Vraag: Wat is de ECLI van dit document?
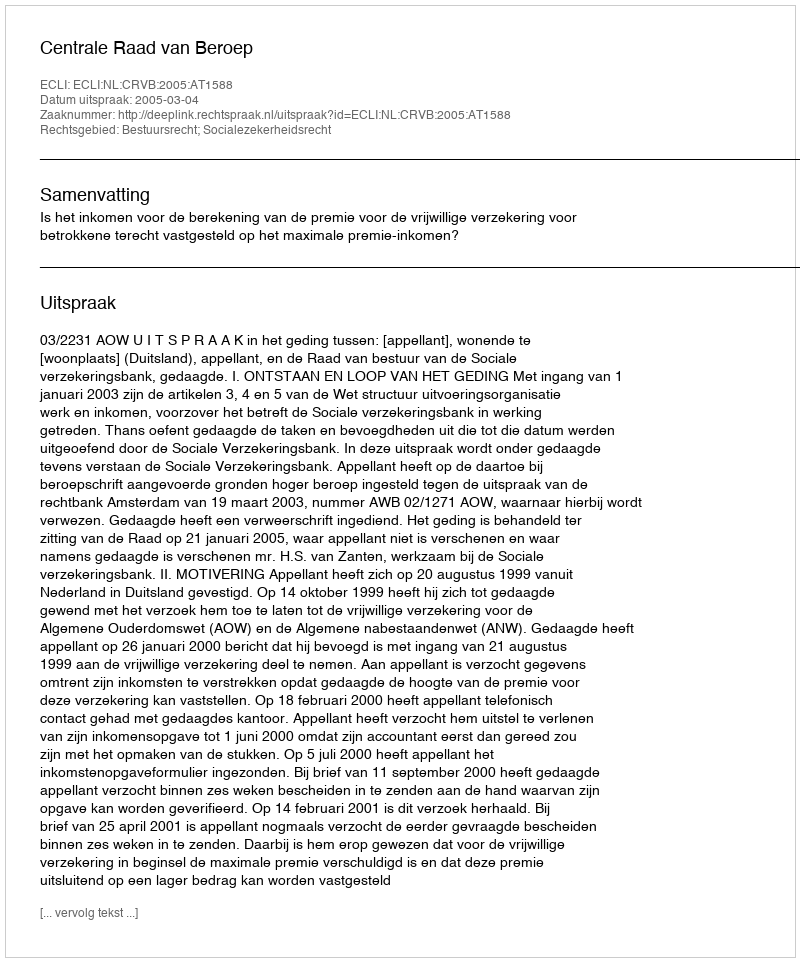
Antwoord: ECLI:NL:CRVB:2005:AT1588